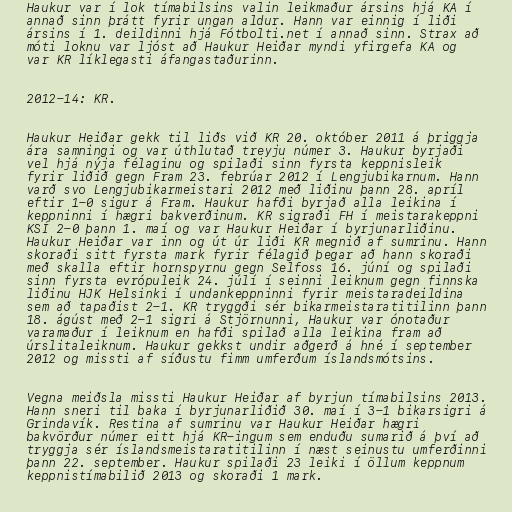
Haukur var í lok tímabilsins valin leikmaður ársins hjá KA í
annað sinn þrátt fyrir ungan aldur. Hann var einnig í liði
ársins í 1. deildinni hjá Fótbolti.net í annað sinn. Strax að
móti loknu var ljóst að Haukur Heiðar myndi yfirgefa KA og
var KR líklegasti áfangastaðurinn.

2012-14: KR.

Haukur Heiðar gekk til liðs við KR 20. október 2011 á þriggja
ára samningi og var úthlutað treyju númer 3. Haukur byrjaði
vel hjá nýja félaginu og spilaði sinn fyrsta keppnisleik
fyrir liðið gegn Fram 23. febrúar 2012 í Lengjubikarnum. Hann
varð svo Lengjubikarmeistari 2012 með liðinu þann 28. apríl
eftir 1-0 sigur á Fram. Haukur hafði byrjað alla leikina í
keppninni í hægri bakverðinum. KR sigraði FH í meistarakeppni
KSÍ 2-0 þann 1. maí og var Haukur Heiðar í byrjunarliðinu.
Haukur Heiðar var inn og út úr liði KR megnið af sumrinu. Hann
skoraði sitt fyrsta mark fyrir félagið þegar að hann skoraði
með skalla eftir hornspyrnu gegn Selfoss 16. júní og spilaði
sinn fyrsta evrópuleik 24. júlí í seinni leiknum gegn finnska
liðinu HJK Helsinki í undankeppninni fyrir meistaradeildina
sem að tapaðist 2-1. KR tryggði sér bikarmeistaratitilinn þann
18. ágúst með 2-1 sigri á Stjörnunni, Haukur var ónotaður
varamaður í leiknum en hafði spilað alla leikina fram að
úrslitaleiknum. Haukur gekkst undir aðgerð á hné í september
2012 og missti af síðustu fimm umferðum íslandsmótsins.

Vegna meiðsla missti Haukur Heiðar af byrjun tímabilsins 2013.
Hann sneri til baka í byrjunarliðið 30. maí í 3-1 bikarsigri á
Grindavík. Restina af sumrinu var Haukur Heiðar hægri
bakvörður númer eitt hjá KR-ingum sem enduðu sumarið á því að
tryggja sér íslandsmeistaratitilinn í næst seinustu umferðinni
þann 22. september. Haukur spilaði 23 leiki í öllum keppnum
keppnistímabilið 2013 og skoraði 1 mark.